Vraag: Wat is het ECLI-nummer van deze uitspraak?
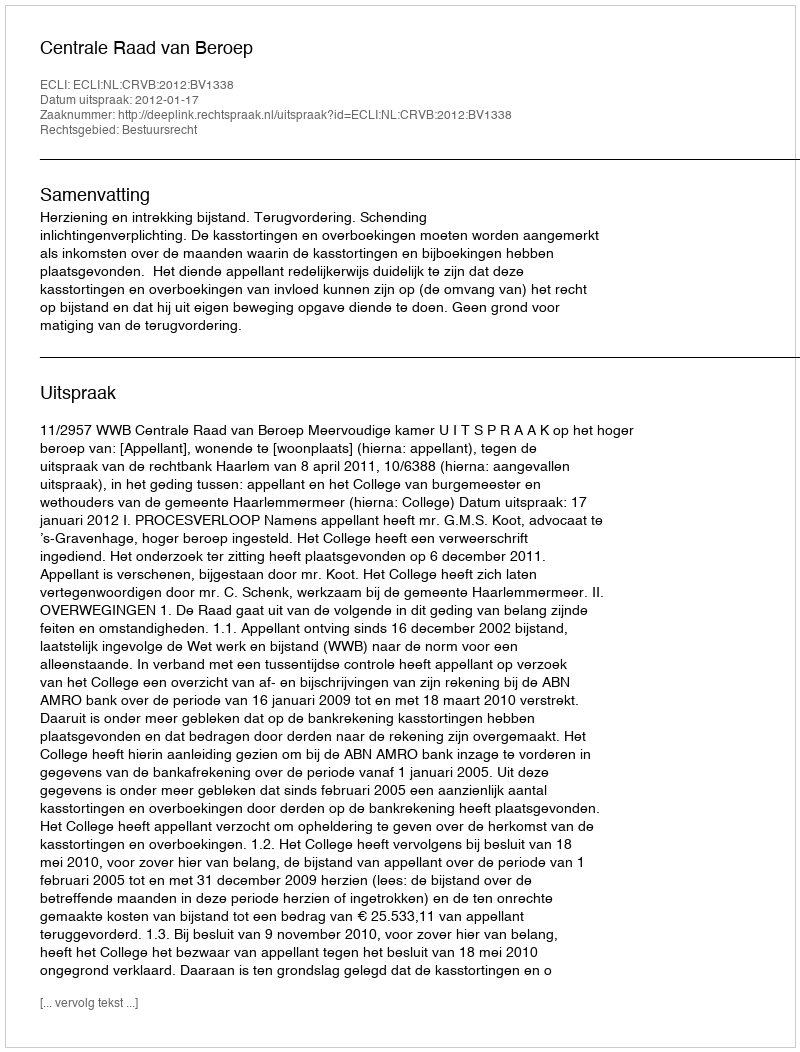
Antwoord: ECLI:NL:CRVB:2012:BV1338